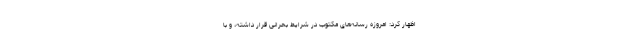
اظهار کرد: امروزه رسانه‌های مکتوب در شرایط بحرانی قرار داشته، و با